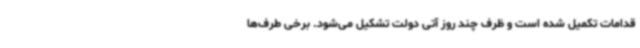
قدامات تکمیل شده است و ظرف چند روز آتی دولت تشکیل می‌شود. برخی طرف‌ها